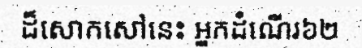
ដ៏សោកសៅនេះ អ្នកដំណើរ៦២